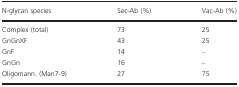
| N‐glycan species | Sec‐Ab (%) | Vac‐Ab (%) |
 | --- | --- | --- |
 | Complex (total) | 73 | 25 |
 | GnGnXF | 43 | 25 |
 | GnF | 14 | – |
 | GnGn | 16 | – |
 | Oligomann. (Man7‐9) | 27 | 75 |